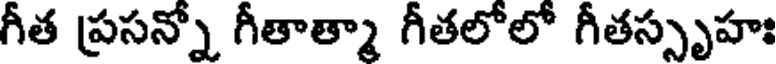
గీత ప్రసన్నో గీతాత్మా గీతలోలో గీతస్పృహః